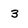
Character: 3